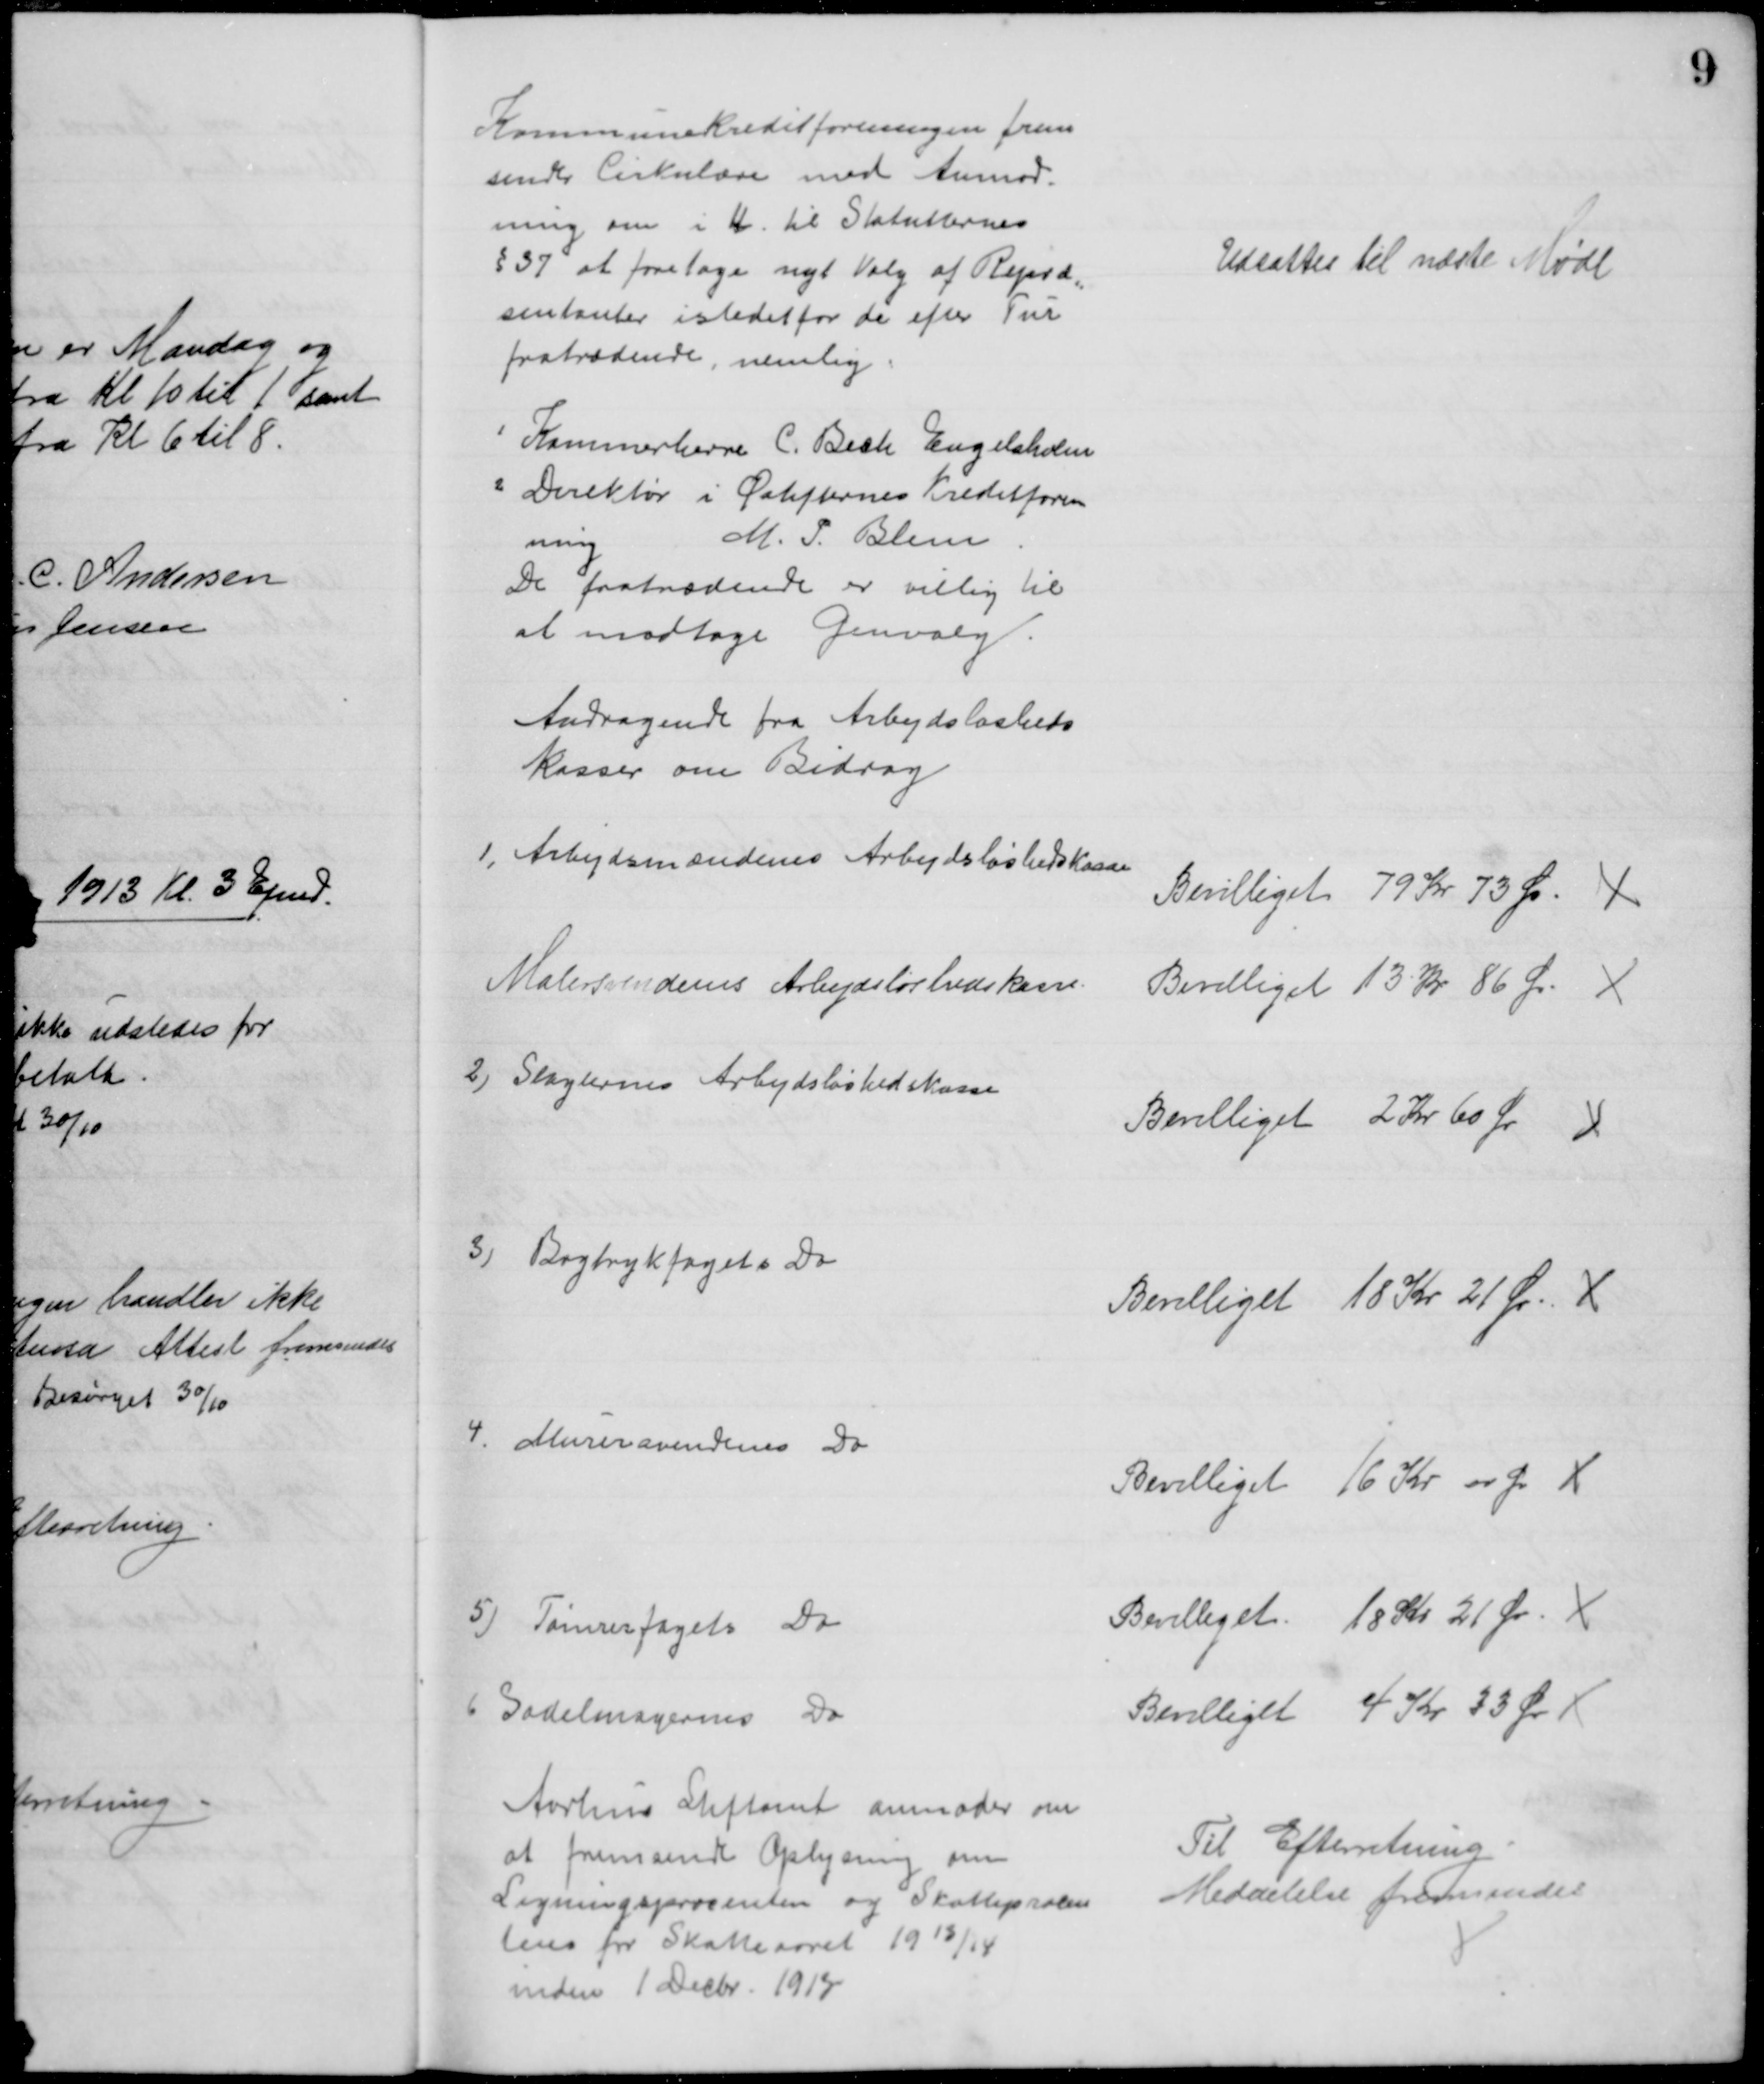
Transskription:
Kommunekreditforeningen frem
sender Cirkulære med Anmod-
ning om i H. til Statutternes
§ 37 at foretage nyt Valg af Repræ
=
sentanter istedet for de efter Tur
fratrædende, nemlig.
1 Kammerherre C. Bech Engelsholm
2 Direktør i Østifternes Kreditfore-
ning
M. P. Blem
De fratrædende er villig til
at modtage Genvalg.
Udsattes til næste Møde
Andragende fra Arbejdsløsheds
kasser om Bidrag
1, Arbejdsmændenes Arbejdsløshedskasse
Bevilliget 79 Kr 73 Ør. 
Malersvenders Arbejdsløshedskasse.
Bevilliget 13 Kr 86 Ør.
2) Slagternes Arbejdsløshedskasse
Bevilliget 2 Kr 60 Ør
3) Bogtrykfagets Do
Bevilliget 18 Kr 21 Ør.
4. Murersvendenes Do
Bevilliget 16 Kr 00 Ør 
5) Tømrerfagets Do
Bevilliget 18 Kr 21 Ør. 
6 Sadelmagernes Do
Bevilliget 4 Kr 33 Ør
Aarhus Stiftamt anmoder om
at fremsende Oplysning om
Ligningsprocenten og Skatteprocen
ten for Skatteaaret 1913/14
inden 1 Decbr. 1913
Til Efterretning
Meddelelse fremsendes